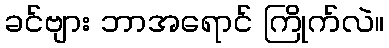
ခင်ဗျား ဘာအရောင် ကြိုက်လဲ။